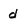
Character: d